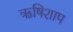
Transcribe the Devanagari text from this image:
ऋषिशाप